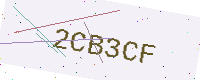
Text: 2CB3CF